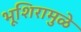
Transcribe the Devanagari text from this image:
भूशिरामुळे